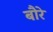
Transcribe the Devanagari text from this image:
बौरे